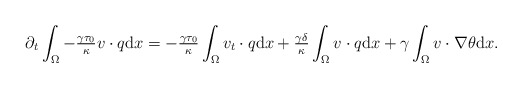
\begin{align*}\partial_{t} &\int_{\Omega} -\tfrac{\gamma \tau_{0}}{\kappa} v \cdot q \mathrm{d} x= -\tfrac{\gamma \tau_{0}}{\kappa} \int_{\Omega} v_{t} \cdot q \mathrm{d} x+ \tfrac{\gamma \delta }{\kappa} \int_{\Omega} v \cdot q \mathrm{d} x + \gamma \int_{\Omega} v \cdot \nabla \theta \mathrm{d} x. \end{align*}